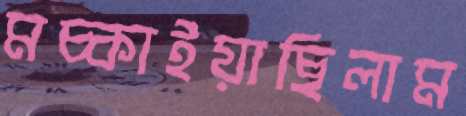
মচ্‌কাইয়াছিলাম